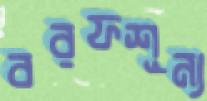
বরফশূন্য